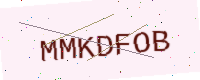
Text: MMKDFOB